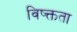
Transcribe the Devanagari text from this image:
विष्क्तता